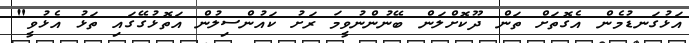
އަޅުގަނޑުމެން އެގޮތަށް ތަން ދޫކޮށްލަން ބޭނުންނުވީމަ ރަށު ކައުންސިލުން އަތޮޅުގޭގައި ތަޅު އެޅުވީ"